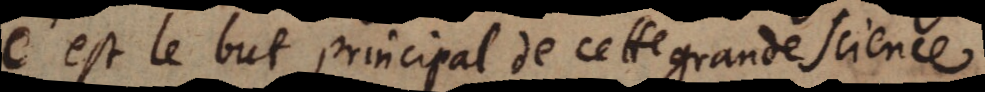
C’est le but principal de cette grande science